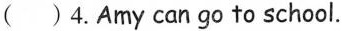
( )4.Amy can go to school.